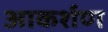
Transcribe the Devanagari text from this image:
आकर्शण